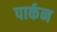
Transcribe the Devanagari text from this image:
पार्कन